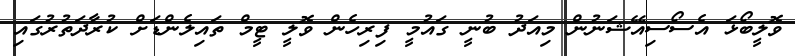
ވޮލީބޯޅަ އެސޯސިއޭޝަނުން މިއަދު ބުނީ ގައުމީ ފިރިހެން ވޮލީ ޓީމް ތައިލެންޑަށް ކުރާދަތުރުގައި